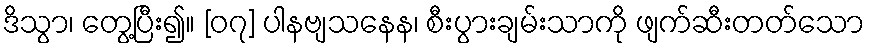
ဒိသွာ၊ တွေ့ပြီး၍။ [၀၇] ပါနဗျသနေန၊ စီးပွားချမ်းသာကို ဖျက်ဆီးတတ်သော